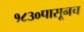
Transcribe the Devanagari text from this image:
१८३०पासूनच